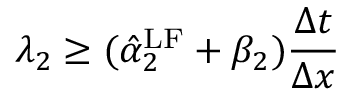
\lambda _ { 2 } \geq ( \hat { \alpha } _ { 2 } ^ { \mathrm { { L F } } } + \beta _ { 2 } ) \frac { \Delta t } { \Delta x }